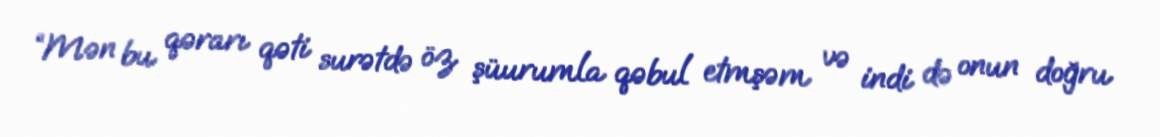
“Mən bu qərarı qəti surətdə öz şüurumla qəbul etmşəm və indi də onun doğru